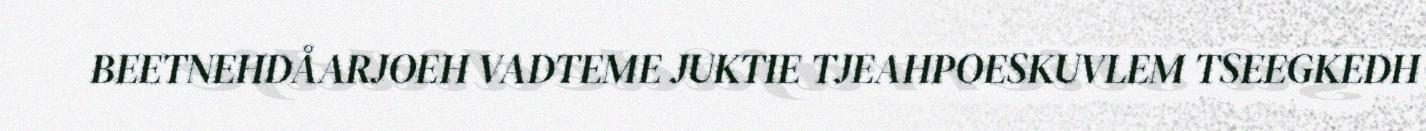
BEETNEHDÅARJOEH VADTEME JUKTIE TJEAHPOESKUVLEM TSEEGKEDH